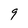
Character: 9